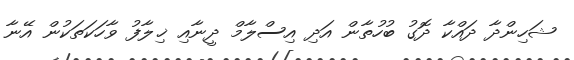
ޝަހިންދާ ދައްކާ ދޮގު ބުހުތާން އަދި އިސްލާމް ދީނާއި ޚިލާފު ވާހަކަތަކުން އޭނާ